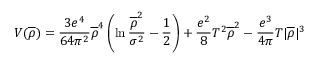
V ( \overline { { { \rho } } } ) = \frac { 3 e ^ { 4 } } { 6 4 \pi ^ { 2 } } \overline { { { \rho } } } ^ { 4 } \left( \ln \frac { \overline { { { \rho } } } ^ { 2 } } { \sigma ^ { 2 } } - \frac { 1 } { 2 } \right) + \frac { e ^ { 2 } } { 8 } T ^ { 2 } \overline { { { \rho } } } ^ { 2 } - \frac { e ^ { 3 } } { 4 \pi } T | \overline { { { \rho } } } | ^ { 3 }